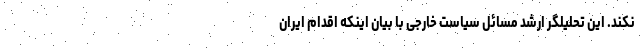
نکند. این تحلیلگر ارشد مسائل سیاست خارجی با بیان اینکه اقدام ایران